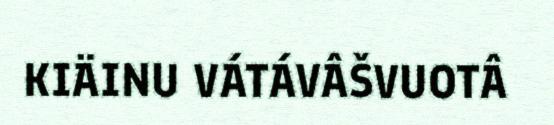
KIÄINU VÁTÁVÂŠVUOTÂ